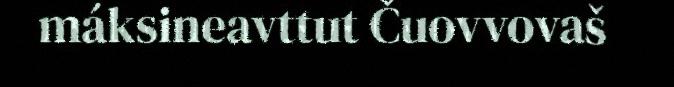
máksineavttut Čuovvovaš